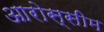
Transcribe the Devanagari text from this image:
आरोस्सीम